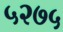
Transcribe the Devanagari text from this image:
५२७५